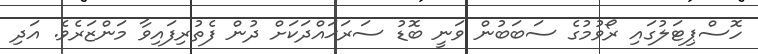
ހޮސްޕިޓަލުގައި ރޯވުމުގެ ސަބަބުން ވަނީ ބޮޑު ސަރަޙައްދަކަށް ދުން ފެތުރިފައިވާ މަންޒަރެވެ. އަދި